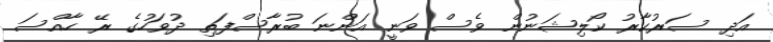
އަދި ސަރުކާރު ކޯލިޝަނުން ވެސް ވަނީ އަންނަ ބުރާސްފަތި ދުވަހުގެ ރޭ ހާއްސަ